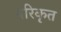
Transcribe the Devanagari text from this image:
परिकृत